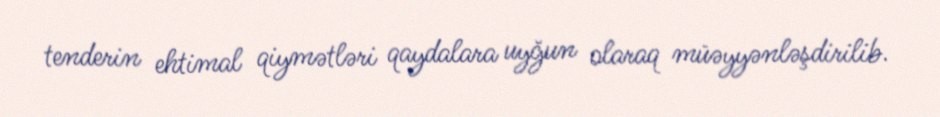
tenderin ehtimal qiymətləri qaydalara uyğun olaraq müəyyənləşdirilib.